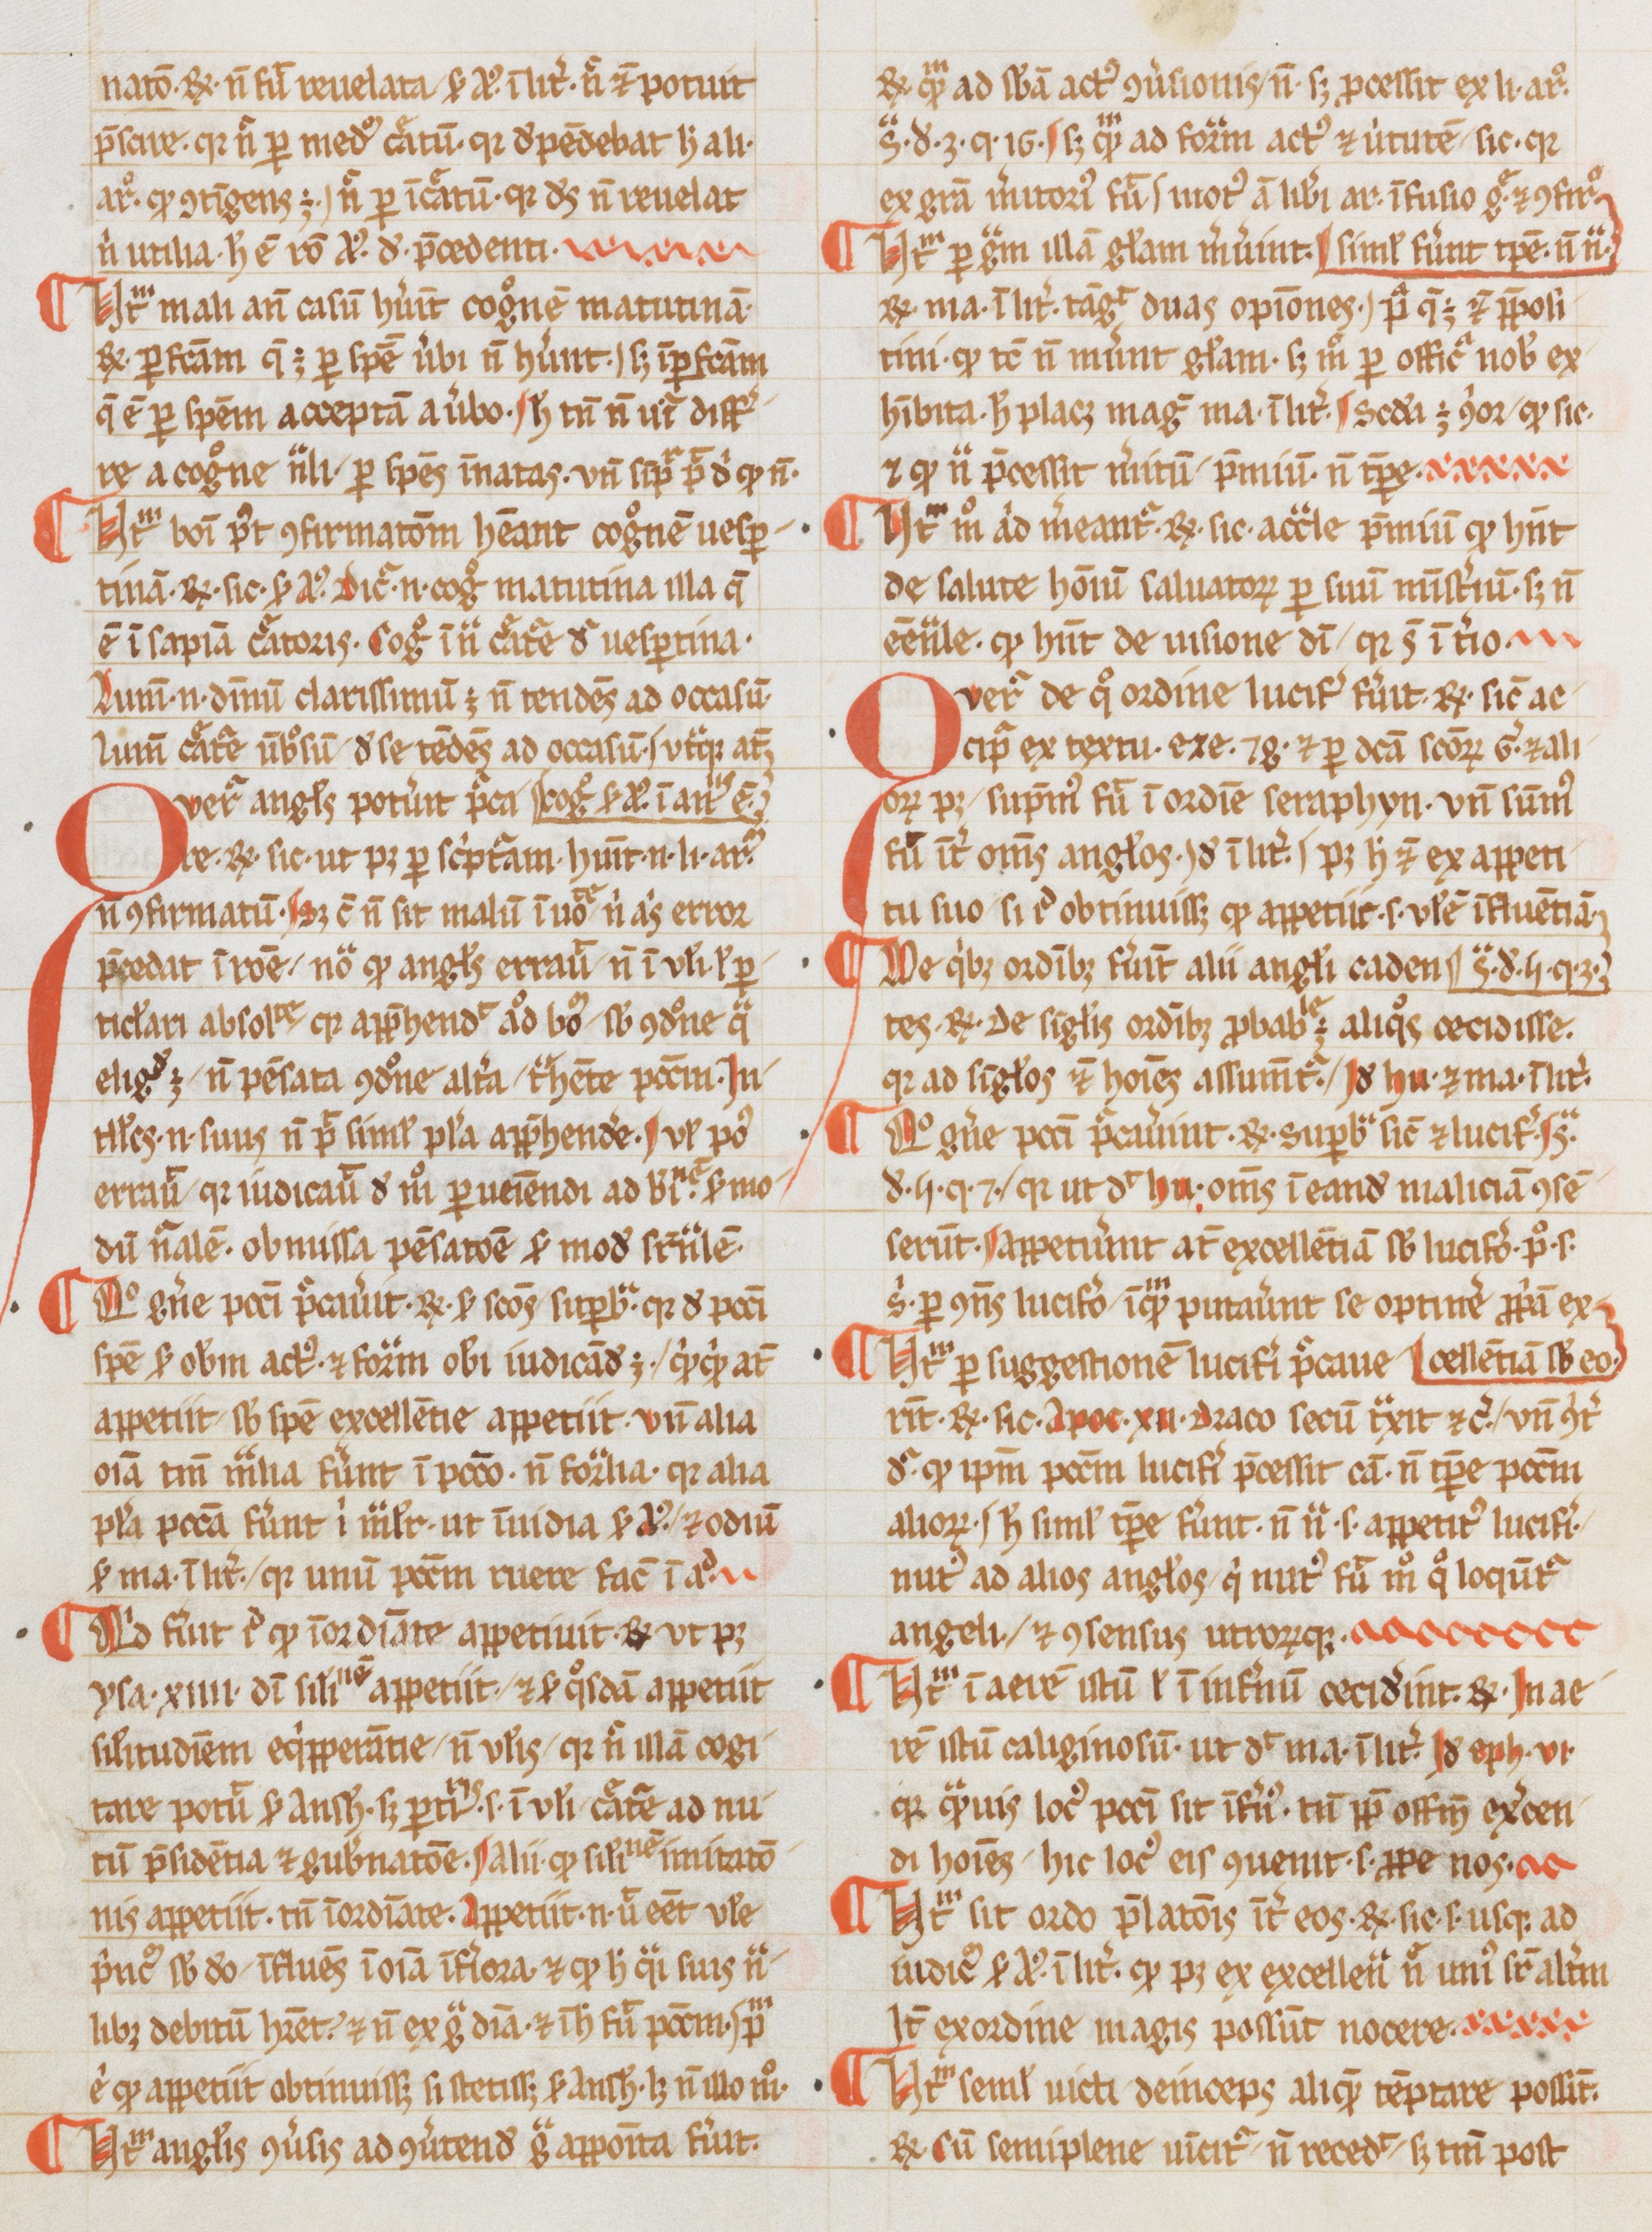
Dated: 1265–1285